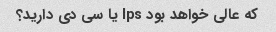
که عالی خواهد بود lps یا سی دی دارید؟